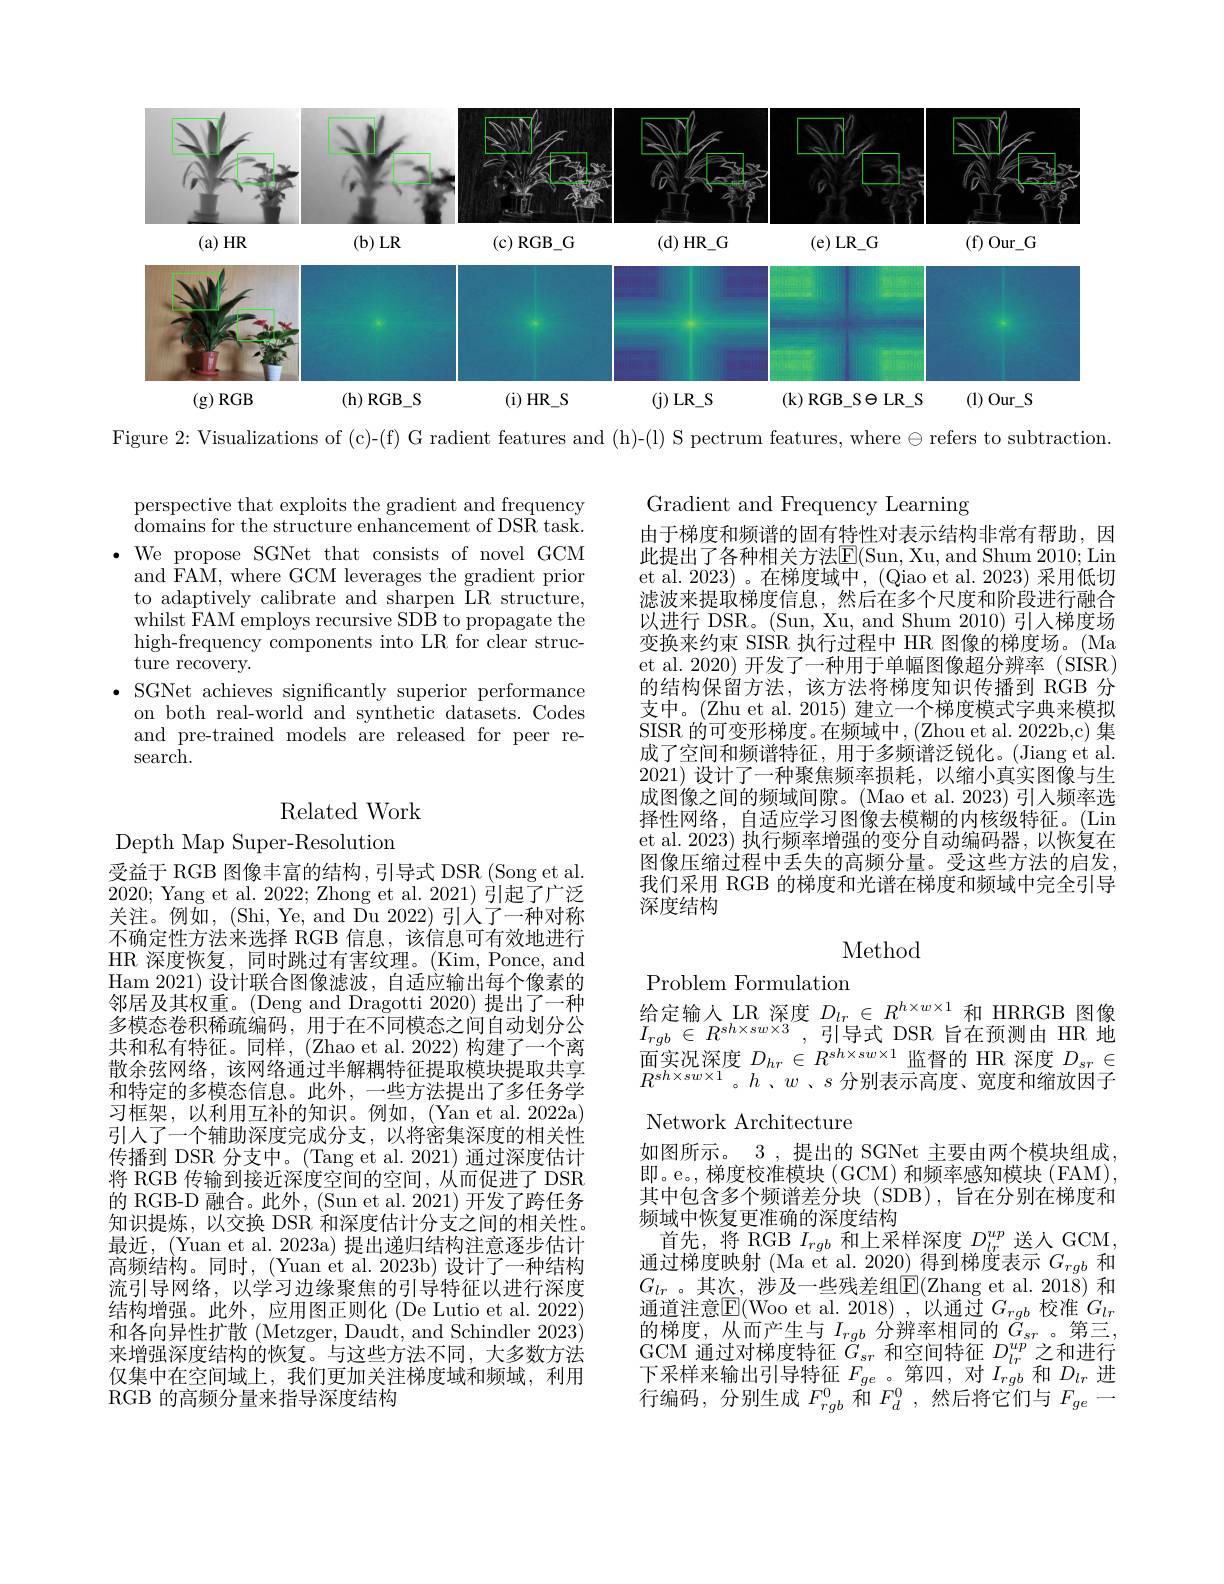
<FigureHere>

Figure 2: Visualizations of (c)-(f) G radient features and (h)-(l) S pectrum features, where$\ominus$ refers to subtraction

perspective that exploits the gradient and frequency domains for the structure enhancement of DSR task.
$\bullet$ We propose SGNet that consists of novel GCM
and FAM, where GCM leverages the gradient prior to adaptively calibrate and sharpen LR structure, whilst FAM employs recursive SDB to propagate the high-frequency components into LR for clear struc- $\overset{\circ}{\operatorname*{\operatorname*{ture}}}\overset{\circ}{\operatorname*{\operatorname*{recovery.}}}$
$\bullet$ SGNet achieves significantly superior performance
on both real-world and synthetic datasets. Codes and pre-trained models are released for peer research.

## Related Work

Depth Map Super-Resolution
受益于 RGB 图像丰富的结构，引导式 DSR (Song et al 2020; Yang et al. 2022; Zhong et al. 2021) 引起了广泛关注。例如，(Shi, Ye, and Du 2022) 引人了一种对称不确定性方法来选择 RGB 信息，该信息可有效地进行HR 深度恢复，同时跳过有害纹理。(Kim,Ponce,and Ham 2021) 设计联合图像滤波，自适应输出每个像素的邻居及其权重。(Deng and Dragotti 2020)提出了一种多模态卷积稀疏编码，用于在不同模态之间自动划分公共和私有特征。同样，(Zhao et al.2022)构建了一个离散余弦网络，该网络通过半解耦特征提取模块提取共享和特定的多模态信息。此外，一些方法提出了多任务学习框架，以利用互补的知识。例如，(Yan et al. 2022a) 引人了一个辅助深度完成分支，以将密集深度的相关性传播到 DSR 分支中。(Tang et al. 2021) 通过深度估计将 RGB 传输到接近深度空间的空间，从而促进了 DSR 的 RGB-D 融合。此外，(Sun et al. 2021) 开发了跨任务知识提炼，以交换 DSR 和深度估计分支之间的相关性。最近，(Yuan et al. 2023a) 提出递归结构注意逐步估计高频结构。同时，(Yuan et al. 2023b) 设计了一种结构流引导网络，以学习边缘聚焦的引导特征以进行深度结构增强。此外，应用图正则化 (De Lutio et al. 2022) 和各向异性扩散 (Metzger, Daudt, and Schindler 2023) 来增强深度结构的恢复。与这些方法不同，大多数方法仅集中在空间域上，我们更加关注梯度域和频域，利用RGB 的高频分量来指导深度结构

Gradient and Frequency Learning
由于梯度和频谱的固有特性对表示结构非常有帮助，因此提出了各种相关方法$\overline{\mathrm{E}}($Sun, Xu, and Shum 2010; Lin et al. 2023)。在梯度域中，(Qiao et al. 2023) 采用低切滤波来提取梯度信息，然后在多个尺度和阶段进行融合以进行 DSR。(Sun, Xu, and Shum 2010) 引人梯度场变换来约束 SISR 执行过程中 HR 图像的梯度场。(Ma et al. 2020) 开发了一种用于单幅图像超分辨率 (SISR) 的结构保留方法，该方法将梯度知识传播到 RGB 分支中。(Zhu et al. 2015) 建立一个梯度模式字典来模拟SISR 的可变形梯度。在频域中，(Zhou et al. 2022b,c) 集成了空间和频谱特征，用于多频谱泛锐化。(Jiang et al. 2021)设计了一种聚焦频率损耗，以缩小真实图像与生成图像之间的频域间隙。(Mao et al. 2023) 引人频率选择性网络，自适应学习图像去模糊的内核级特征。(Lin et al. 2023) 执行频率增强的变分自动编码器，以恢复在图像压缩过程中丢失的高频分量。受这些方法的启发， 我们采用 RGB 的梯度和光谱在梯度和频域中完全引导深度结构

### Method

Problem Formulation
给定输入 LR 深度$D_lr\in R^{h\times w\times1}$和 HRRGB 图像

$I_{rgb}\in R^{sh\times sw\times3}$,引导式 DSR 旨在预测由 HR 地$\begin{array}{l}{\text{面实况深度 }D_{hr}\in R^{sh\times sw\times1}\text{监督的 HR 深度 }D_{sr}\in}\\{R^{sh\times sw\times1}。h\text{、}w\text{、}s\text{ 分别表示高度、宽度和缩放因子}}\end{array}$ Network Architecture
如图所示。3 , 提出的 SGNet 主要由两个模块组成即。e。, 梯度校准模块 (GCM) 和频率感知模块 (FAM), 其中包含多个频谱差分块(SDB),旨在分别在梯度和频域中恢复更准确的深度结构
首先，将 RGB $I_rgb$和上采样深度$D_lr^{up}$送人 GCM, 通过梯度映射 (Ma et al. 2020) 得到梯度表示$G_{rgb}$和$G_{lr}$。其次，涉及一些残差组$\overline{\mathrm{E}}($Zhang et al.2018)和通道注意$\boxed{\mathrm{F}}($Woo et al. 2018) , 以通过$G_rgb$校准$G_lr$ 的梯度，从而产生与$I_rgb$分辨率相同的$G_sr$。第三， GCM 通过对梯度特征$\check G_{sr}$和空间特征$D_lr^{up}$之和进行下采样来输出引导特征$F_{ge}$ 。第四，对$I_{rgb}$和$D_lr$进行编码，分别生成$F_rgb^0$和$F_d^0$,然后将它们与$F_ge$一